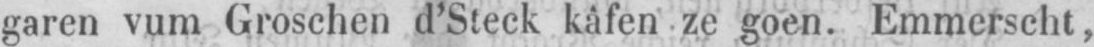
garen vum Groschen d’Steck kàfen ze goen. Emmerscht,